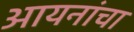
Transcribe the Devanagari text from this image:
आयनांचा